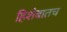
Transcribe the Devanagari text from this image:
हिशेबातच